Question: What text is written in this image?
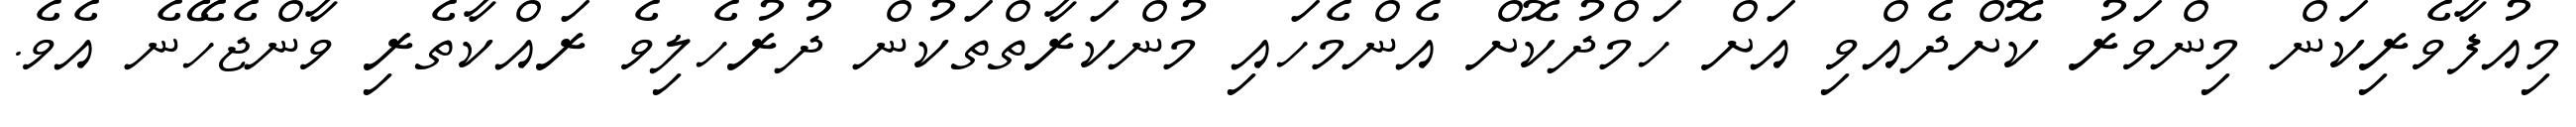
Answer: މިއުފާވެރިކަން މިންވަރު ކޮށްދެއްވި އަށް ހަމްދުކޮށް އެންމެހައި މުންކަރާތްތަކުން ދުރުހެލިވެ ރައްކާތެރި ވާންޖެހޭނެ އެވެ.